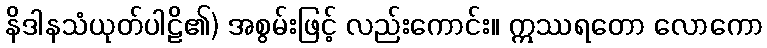
နိဒါနသံယုတ်ပါဠိ၏) အစွမ်းဖြင့် လည်းကောင်း။ ဣဿရတော လောကော